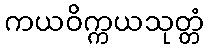
ကယဝိက္ကယသုတ္တံ